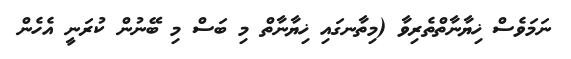
ނަމަވެސް ޚިޔާނާތްތެރިވާ (މިތާނގައި ޚިޔާނާތް މި ބަސް މި ބޭނުން ކުރަނީ އެހެން